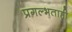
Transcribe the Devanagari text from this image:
प्रगल्भताही